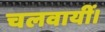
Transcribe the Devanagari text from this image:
चलवायीं।